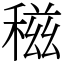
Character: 稵